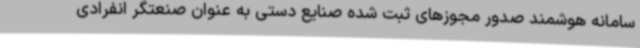
سامانه هوشمند صدور مجوزهای ثبت شده صنایع دستی به عنوان صنعتگر انفرادی